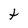
Character: t